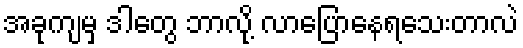
အခုကျမှ ဒါတွေ ဘာလို့ လာပြောနေရသေးတာလဲ